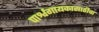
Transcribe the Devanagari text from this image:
पार्श्वगायकासाठीचा